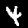
Label: 4